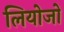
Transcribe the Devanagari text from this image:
लियोजों